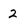
Character: 2